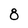
Character: 8